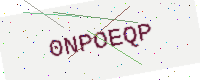
Text: 0NPOEQP